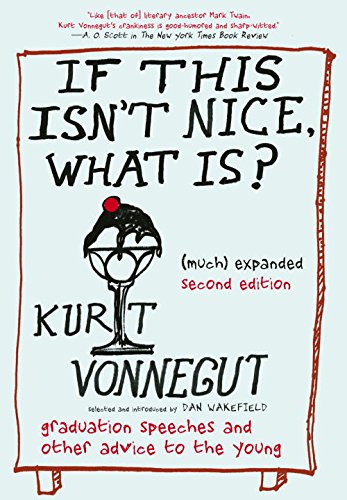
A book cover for If This Isn't Nice What Is?, (Much) Expanded Second Edition: The Graduation Speeches and Other Words to Live By; Kurt Vonnegut; Literature & Fiction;